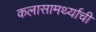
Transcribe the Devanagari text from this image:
कलासामर्थ्याची